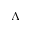
\Lambda